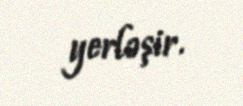
yerləşir.